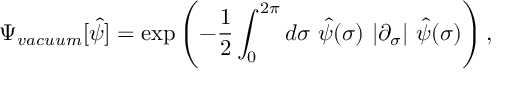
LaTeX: \Psi _ { v a c u u m } [ \hat { \psi } ] = \exp \left( - { \frac 1 2 } \int _ { 0 } ^ { 2 \pi } d \sigma { } ~ \hat { \psi } ( \sigma ) ~ | \partial _ { \sigma } | ~ \hat { \psi } ( \sigma ) \right) ,